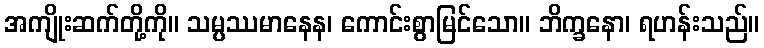
အကျိုးဆက်တို့ကို။ သမ္ပဿမာနေန၊ ကောင်းစွာမြင်သော။ ဘိက္ခနော၊ ရဟန်းသည်။